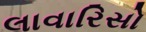
લાવારિસો